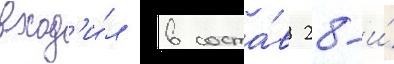
вход'и́л в соста́в 28-и́